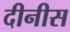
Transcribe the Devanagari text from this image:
दीनीस